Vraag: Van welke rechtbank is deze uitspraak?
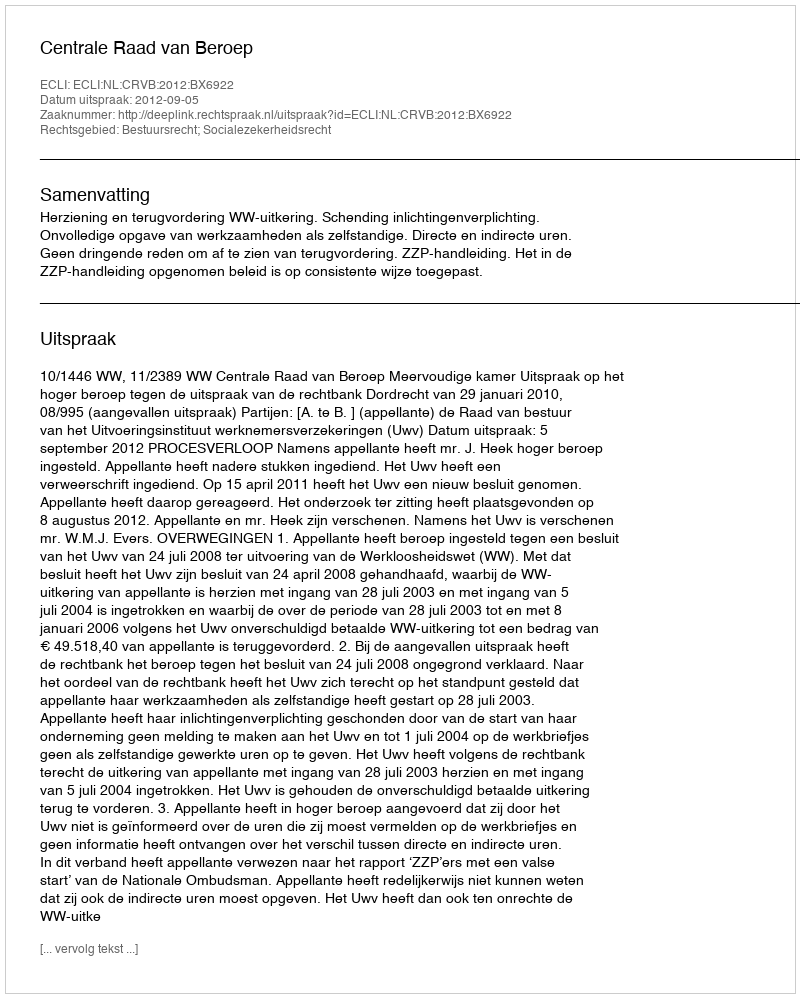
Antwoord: Centrale Raad van Beroep